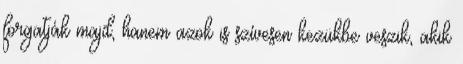
forgatják majd, hanem azok is szívesen kezükbe veszik, akik